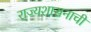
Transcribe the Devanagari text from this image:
राज्यशासनाची